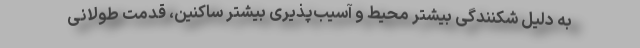
به دلیل شکنندگی بیشتر محیط و آسیب‌پذیری بیشتر ساکنین، قدمت طولانی